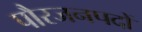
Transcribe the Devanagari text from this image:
पौरजनपदों